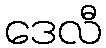
ဒေလီ